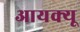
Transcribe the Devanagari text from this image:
आयक्यू